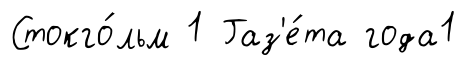
Стокго́льм 1 Газ'е́та года1